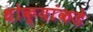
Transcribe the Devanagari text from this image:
धोक्यांकडे